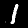
Digit: 1